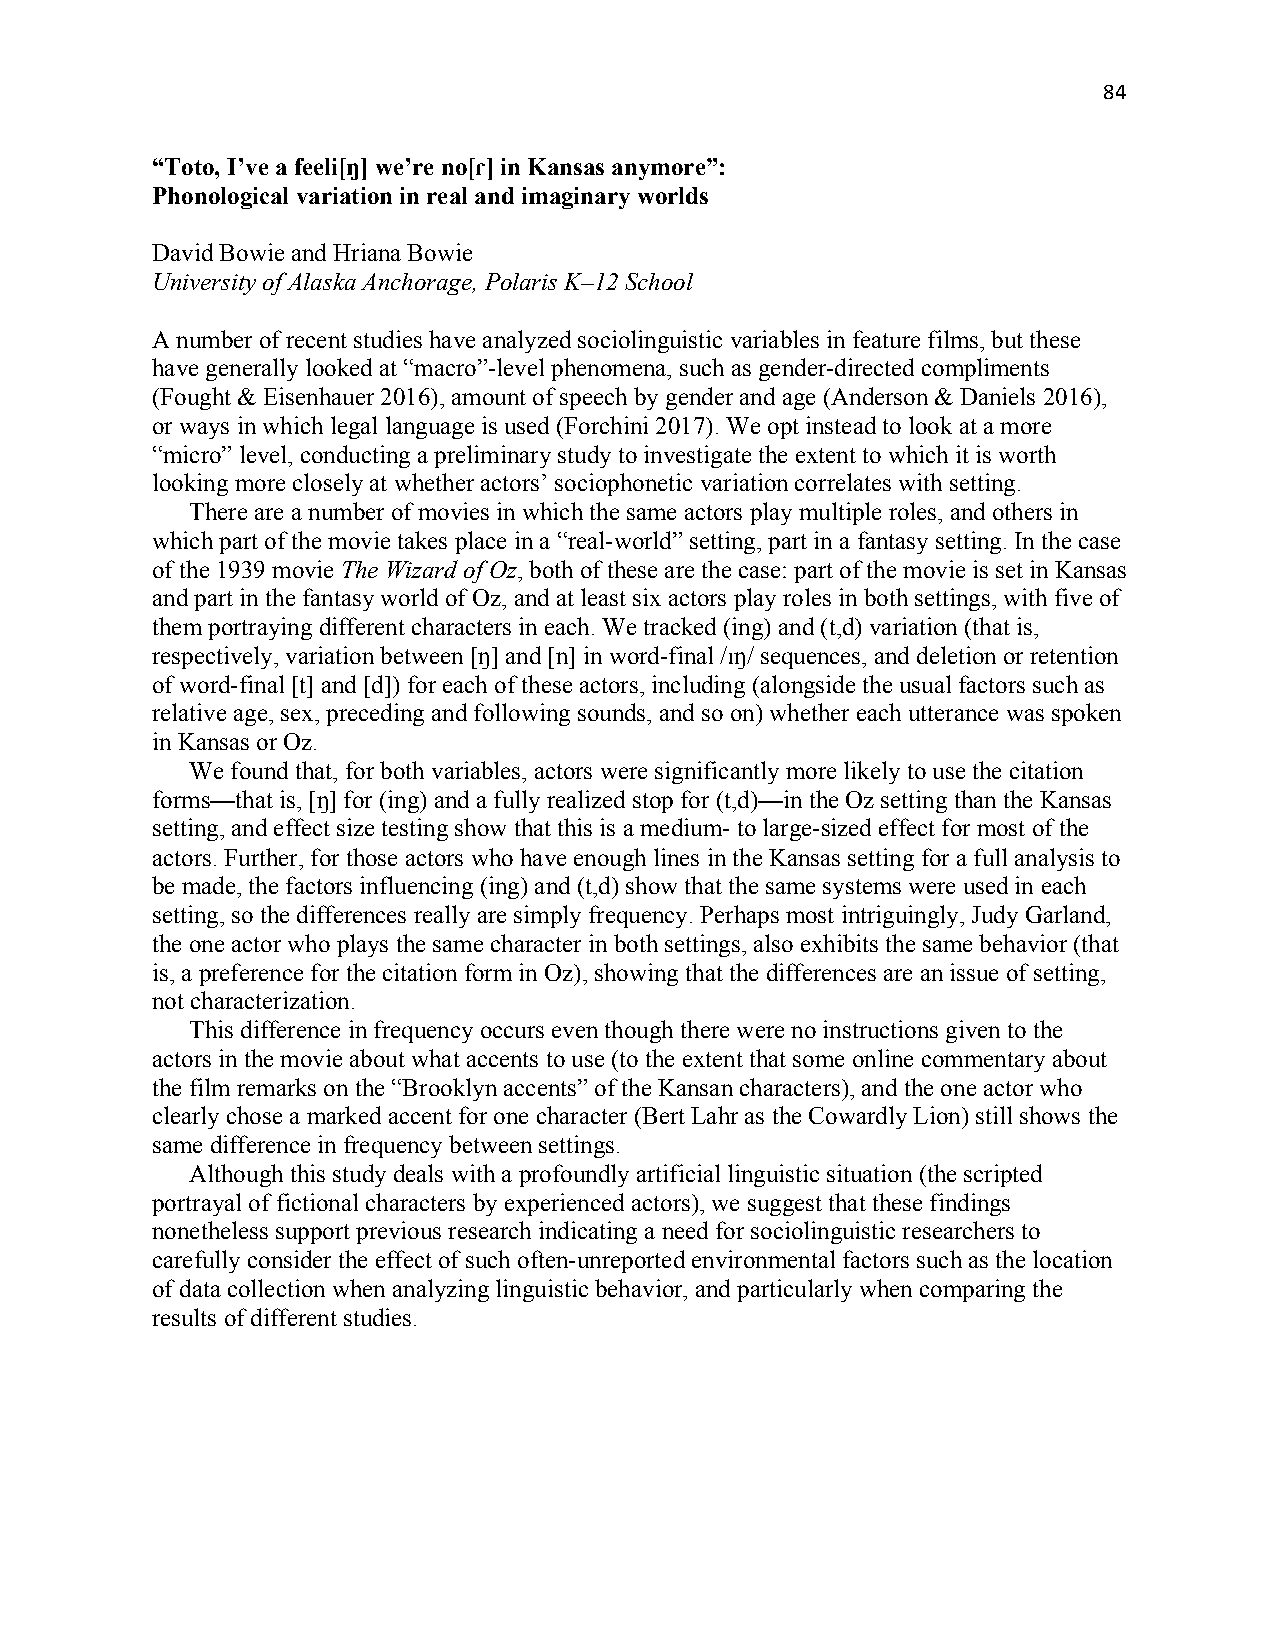
84
 “Toto, I’ve a feeli[ŋ] we’re no[ɾ] in Kansas anymore”:
 Phonological variation in real and imaginary worlds
 David Bowie and Hriana Bowie
 University of Alaska Anchorage, Polaris K–12 School
 A number of recent studies have analyzed sociolinguistic variables in feature films, but these
 have generally looked at “macro”-level phenomena, such as gender-directed compliments
 (Fought & Eisenhauer 2016), amount of speech by gender and age (Anderson & Daniels 2016),
 or ways in which legal language is used (Forchini 2017). We opt instead to look at a more
 “micro” level, conducting a preliminary study to investigate the extent to which it is worth
 looking more closely at whether actors’ sociophonetic variation correlates with setting.
 There are a number of movies in which the same actors play multiple roles, and others in
 which part of the movie takes place in a “real-world” setting, part in a fantasy setting. In the case
 of the 1939 movie The Wizard of Oz, both of these are the case: part of the movie is set in Kansas
 and part in the fantasy world of Oz, and at least six actors play roles in both settings, with five of
 them portraying different characters in each. We tracked (ing) and (t,d) variation (that is,
 respectively, variation between [ŋ] and [n] in word-final /ɪŋ/ sequences, and deletion or retention
 of word-final [t] and [d]) for each of these actors, including (alongside the usual factors such as
 relative age, sex, preceding and following sounds, and so on) whether each utterance was spoken
 in Kansas or Oz.
 We found that, for both variables, actors were significantly more likely to use the citation
 forms—that is, [ŋ] for (ing) and a fully realized stop for (t,d)—in the Oz setting than the Kansas
 setting, and effect size testing show that this is a medium- to large-sized effect for most of the
 actors. Further, for those actors who have enough lines in the Kansas setting for a full analysis to
 be made, the factors influencing (ing) and (t,d) show that the same systems were used in each
 setting, so the differences really are simply frequency. Perhaps most intriguingly, Judy Garland,
 the one actor who plays the same character in both settings, also exhibits the same behavior (that
 is, a preference for the citation form in Oz), showing that the differences are an issue of setting,
 not characterization.
 This difference in frequency occurs even though there were no instructions given to the
 actors in the movie about what accents to use (to the extent that some online commentary about
 the film remarks on the “Brooklyn accents” of the Kansan characters), and the one actor who
 clearly chose a marked accent for one character (Bert Lahr as the Cowardly Lion) still shows the
 same difference in frequency between settings.
 Although this study deals with a profoundly artificial linguistic situation (the scripted
 portrayal of fictional characters by experienced actors), we suggest that these findings
 nonetheless support previous research indicating a need for sociolinguistic researchers to
 carefully consider the effect of such often-unreported environmental factors such as the location
 of data collection when analyzing linguistic behavior, and particularly when comparing the
 results of different studies.